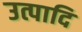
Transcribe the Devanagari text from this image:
उत्पादि